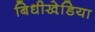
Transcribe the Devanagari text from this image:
बिधीखेडि़या